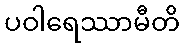
ပဝါရေဿာမီတိ